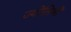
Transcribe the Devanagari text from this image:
ज्योतिषो